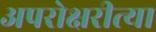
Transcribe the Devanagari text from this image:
अपरोक्षरीत्या